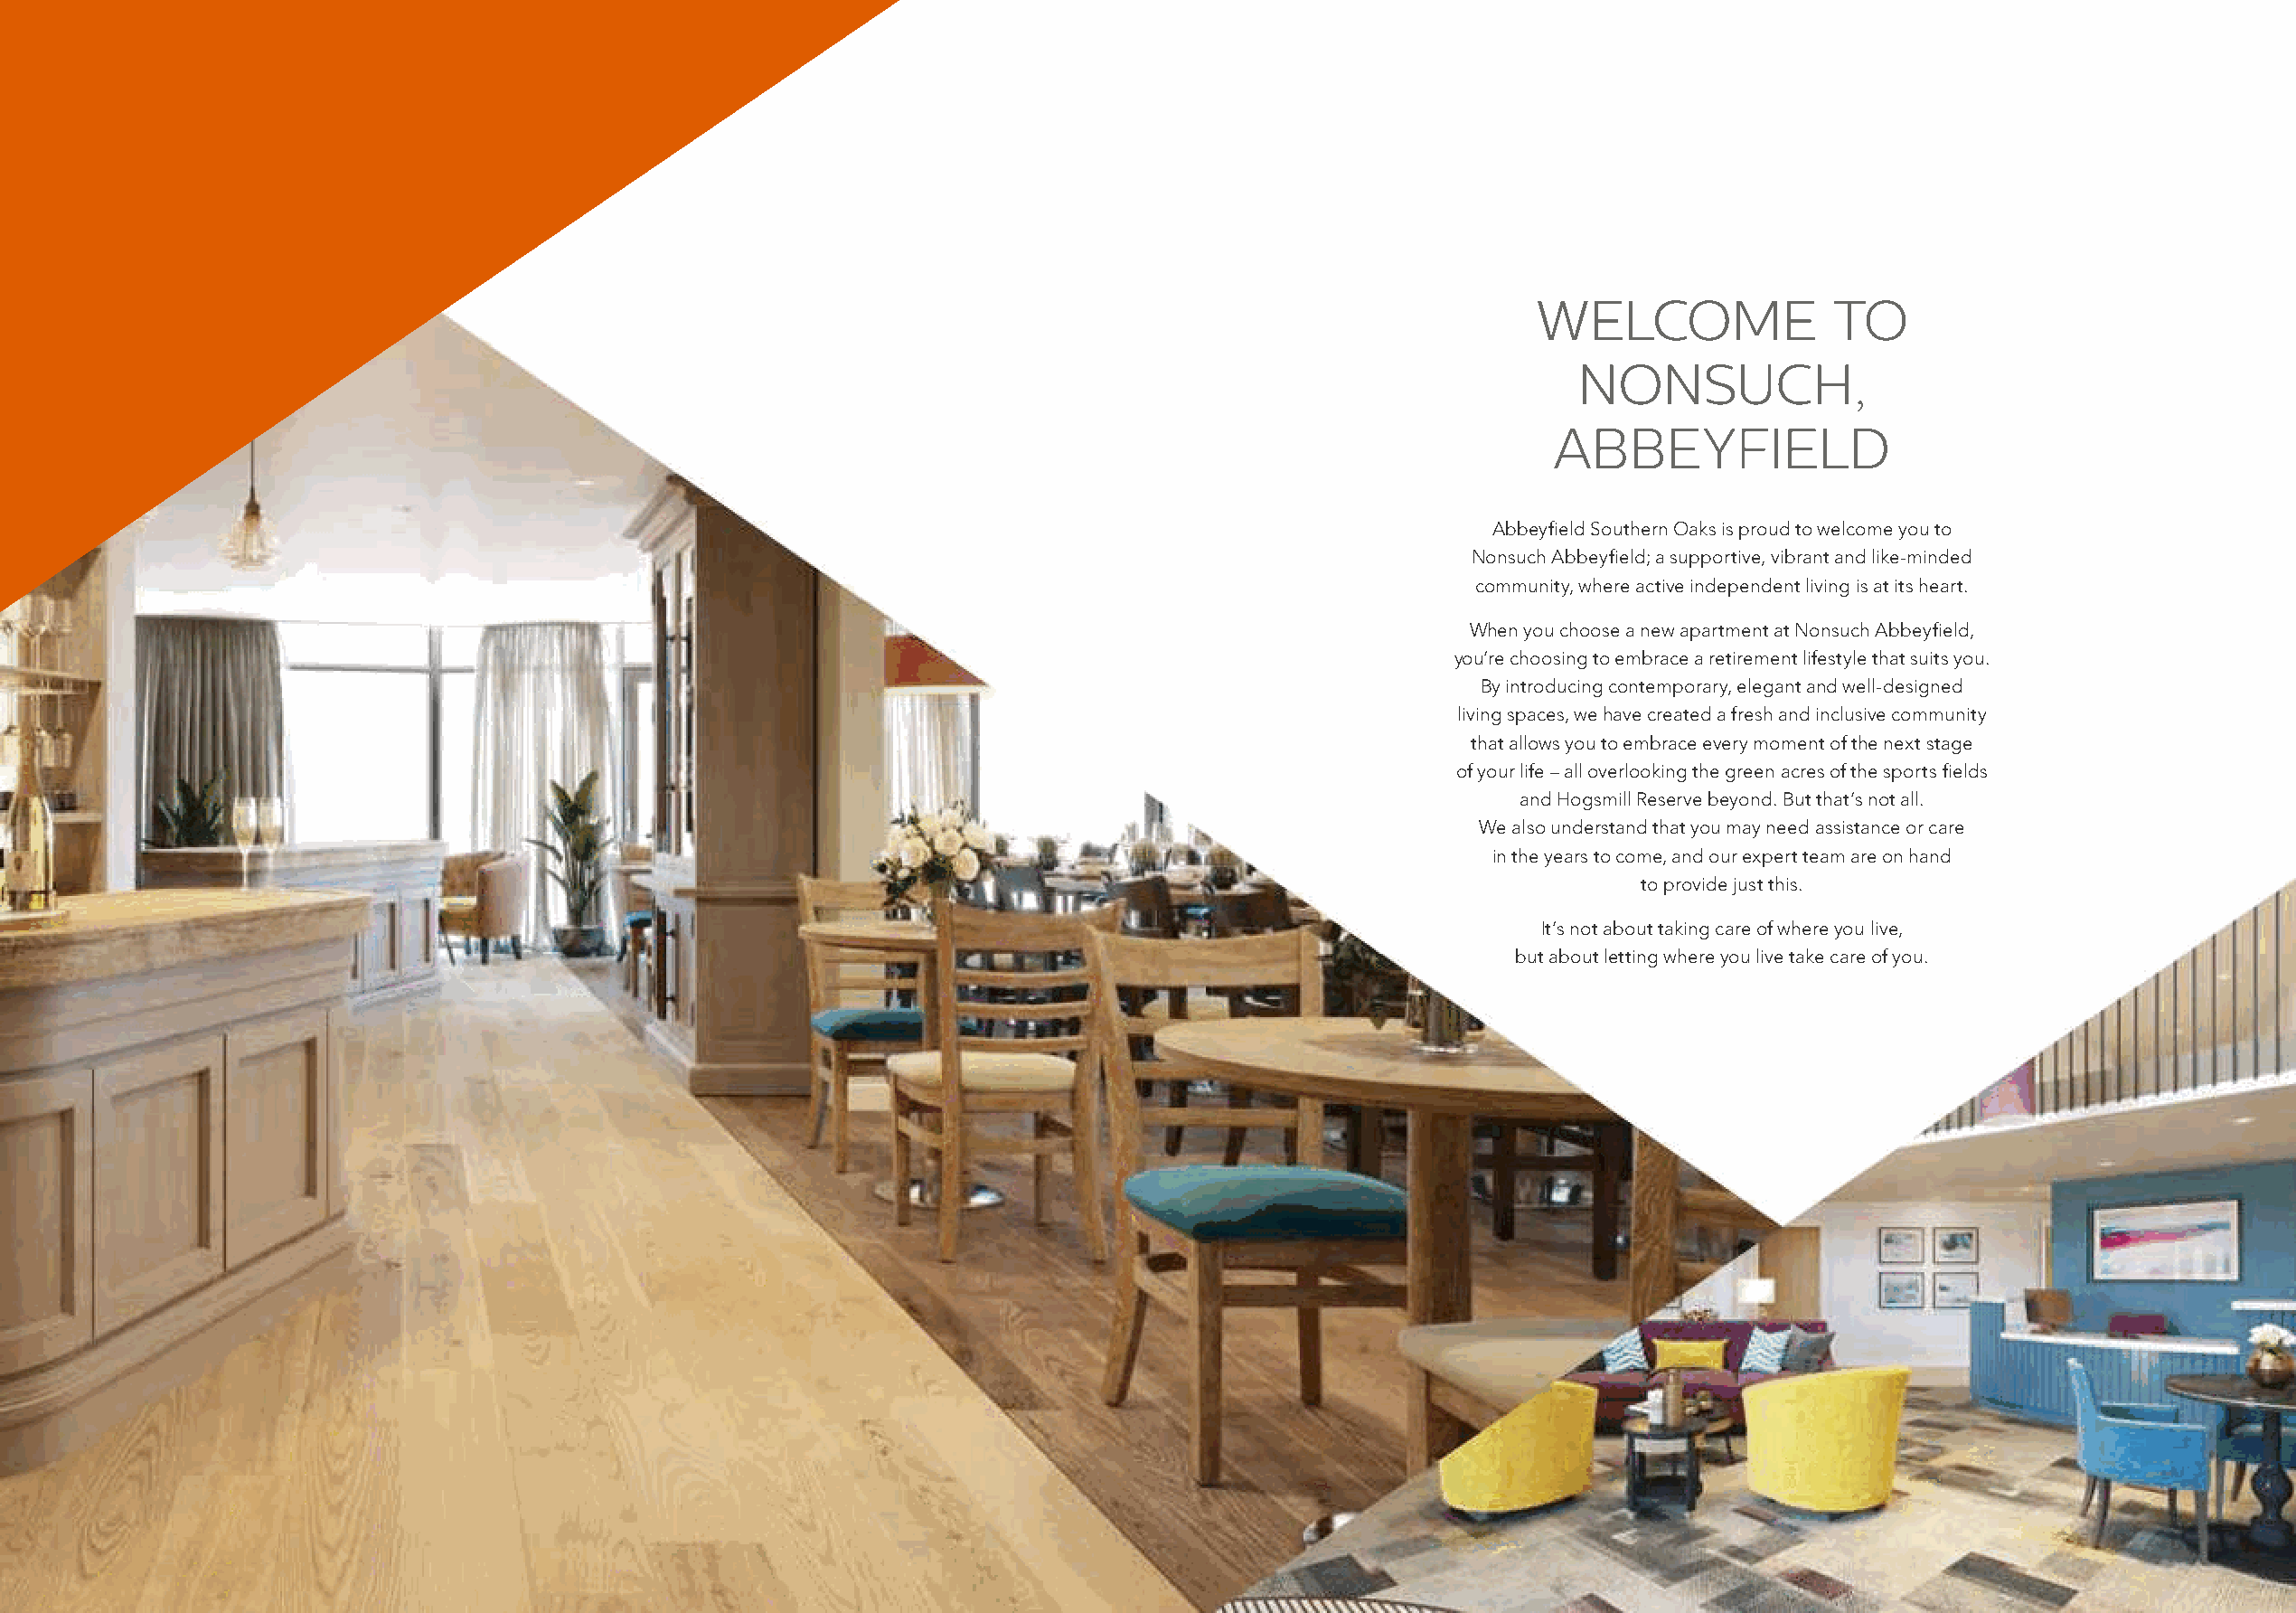
WELCOME               TO
 NONSUCH,
 ABBEYFIELD
 Abbeyfield Southern Oaks is proud to welcome you to
 Nonsuch Abbeyfield; a supportive, vibrant and like-minded
 community, where active independent living is at its heart.
 When you choose a new apartment at Nonsuch Abbeyfield,
 you’re choosing to embrace a retirement lifestyle that suits you.
 By introducing contemporary, elegant and well-designed
 living spaces, we have created a fresh and inclusive community
 that allows you to embrace every moment of the next stage
 of your life – all overlooking the green acres of the sports fields
 and Hogsmill Reserve beyond. But that’s not all.
 We also understand that you may need assistance or care
 in the years to come, and our expert team are on hand
 to provide just this.
 It’s not about taking care of where you live,
 but about letting where you live take care of you.